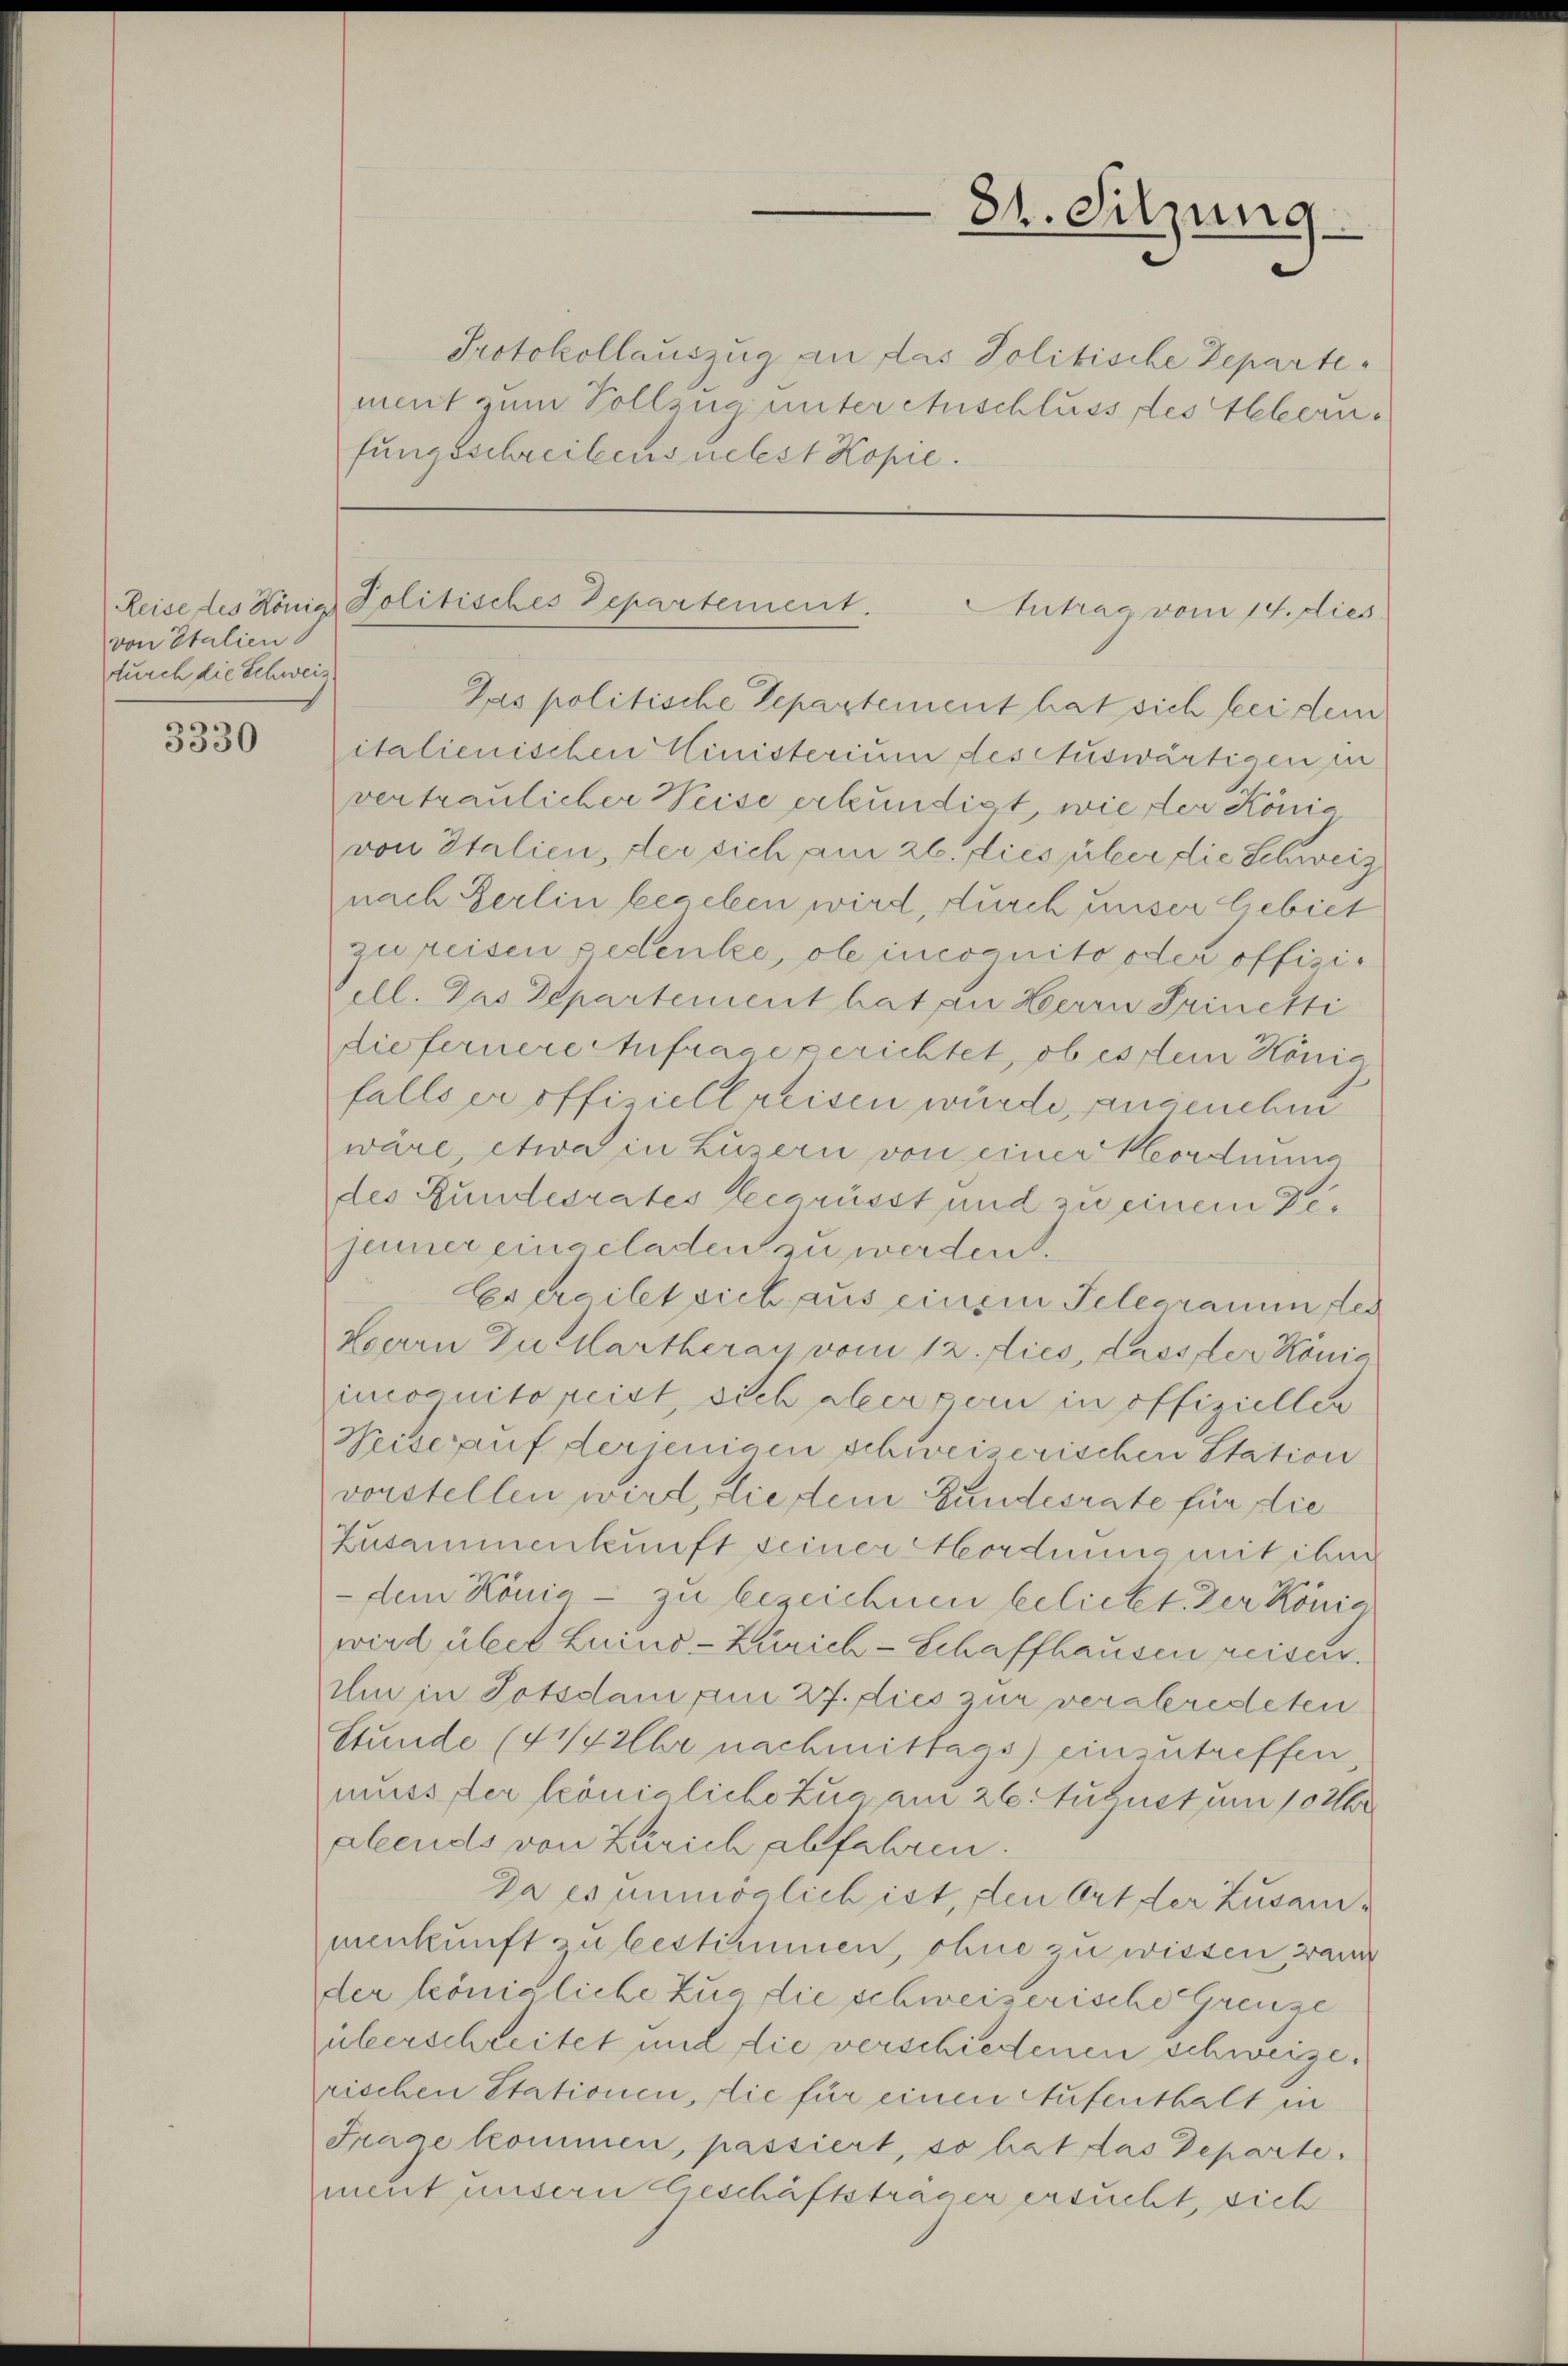
Reise des König
von Italien
durch die Schweiz

3330

81. Sitzung

Protokollauszug an das Politische Departement, um Vollzug unter Anschluss des Alberufungsschreibens nebst Kopie.

Politisches Departement.
Antrag vom 14. dies

Das politische Separtement hat sich bei dem
italienischen Ministerium des Auswärtigen in
vertraulicher Weise erkundigt, wie der König
von Italien, der sich am 26. dies über die Schweiz
nach Berlin begeben wird, durch unser liebiet
zu reisen pedenke, ob incoguito oder offiziell. Das Departement hat an Herrn Prinetti
diefernere Anfrage gerichtet, ob es dem König
falls er offiziell reisen würde, angenehm
wäre, etwa in Luzern von einer Mordnung
des Bundesrates Seegrüsst und zu einem Dejener eingeladen zu werden.
des ergilet sich aus einem Telegramm des
Herrn Zu Martherau vom 12. Lies, dass der Konia
imcognitoreist, sich aber gern in offiziellen
Weiserauf derjenigen schweiserischen Station
vorstellen wird, die dem Bundesrate für die
Zusammenkunft seiner Hordnung mit ihne
- dem Könia - zu bezeichnen beliebt. Der König
wird über Luino-Zürich-Schaffhausen reiser.
im in Potsdam am 27. dies zur verabredeten
Stunde (4½ Uhr nachmittags) einzutreffen,
muss der Königliche Zug am 26. August um 10 Uhr
abends von Zürich abfahren.
Da es unmöglich ist, den Ort der Zusammenkunft zu bestimmen, ohne zu wissen, wann
der königliche Zug die schweizerische Grenze
überschreitet und die verschiedenen schweige.
rischen Stationen, die für einen Aufenthalt in
Frage kommen, passiert, so hat das Departe.
ment unsern Geschäftsträger ersucht, sich